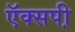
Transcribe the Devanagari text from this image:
ऍक्सपी़